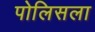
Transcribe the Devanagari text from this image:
पोलिसला